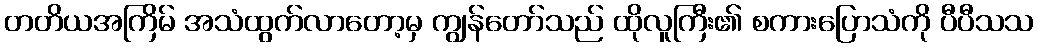
တတိယအကြိမ် အသံထွက်လာတော့မှ ကျွန်တော်သည် ထိုလူကြီး၏ စကားပြောသံကို ပီပီသသ